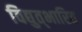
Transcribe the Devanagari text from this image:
विद्युत्‌भारित